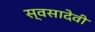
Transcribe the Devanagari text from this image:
स्वसादेवी